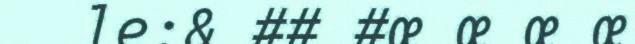
le:& ## #œ œ œ œ